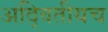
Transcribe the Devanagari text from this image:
अद्वितीयच